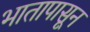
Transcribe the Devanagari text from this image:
भातापासून